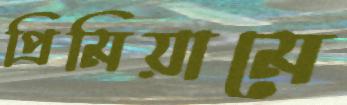
প্রিমিয়ামে